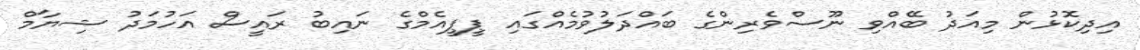
އިދިކޮޅުން މިއަދު ބޭއްވި ނޫސްވެރިންގެ ބައްދަލުވުމެއްގައި ޕީޕީއެމްގެ ނައިބު ރައީސް އަހުމަދު ޝިޔާމް